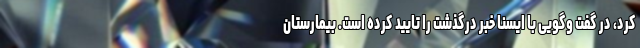
کرد، در گفت وگویی با ایسنا خبر درگذشت را تایید کرده است. بیمارستان